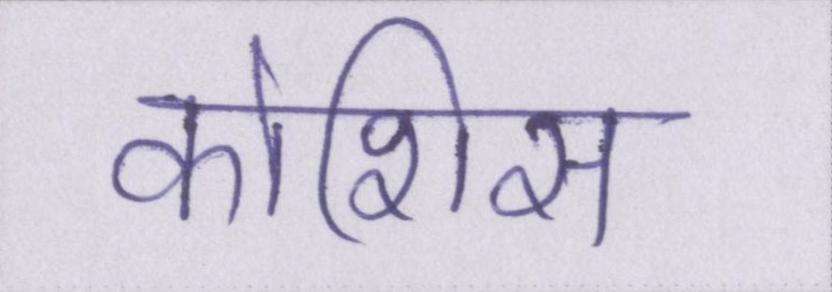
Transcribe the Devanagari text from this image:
कोशिस